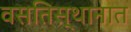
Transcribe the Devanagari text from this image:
वसतिस्थानात